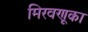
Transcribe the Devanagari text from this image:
मिरवणूका